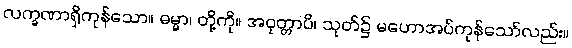
လက္ခဏာရှိကုန်သော။ ဓမ္မာ၊ တို့ကို။ အဝုတ္တာပိ၊ သုတ်၌ မဟောအပ်ကုန်သော်လည်း။